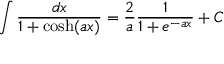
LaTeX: \int { \frac { d x } { 1 + \cosh ( a x ) } } = { \frac { 2 } { a } } { \frac { 1 } { 1 + e ^ { - a x } } } + C